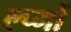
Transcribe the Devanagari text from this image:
ल्प्गों